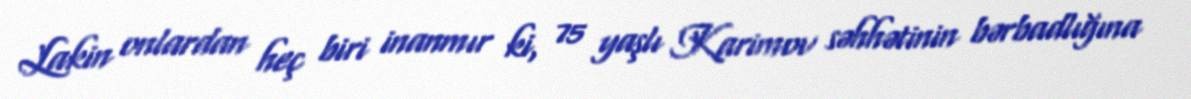
Lakin onlardan heç biri inanmır ki, 75 yaşlı Karimov səhhətinin bərbadlığına